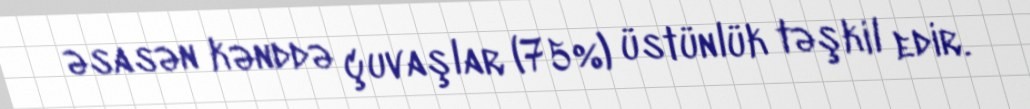
əsasən kənddə çuvaşlar (75%) üstünlük təşkil edir.